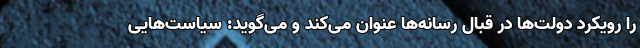
را رویکرد دولت‌ها در قبال رسانه‌ها عنوان می‌کند و می‌گوید: سیاست‌هایی